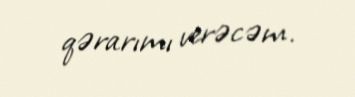
qərarımı verəcəm.